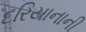
દરિયાનાની